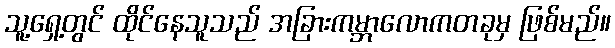
သူ့ရှေ့တွင် ထိုင်နေသူသည် အခြားကမ္ဘာလောကတခုမှ ဖြစ်မည်။